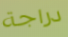
دراجة